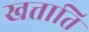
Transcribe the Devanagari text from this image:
खत्ताति